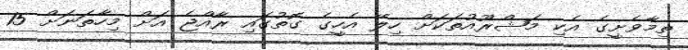
ތިމާވެށީގެ އެކި މަޝްރޫއުތަކަށް ހިލޭ އެހީގެ ގޮތުގައި ރާއްޖެ އަށް މިހާތަނަށް 15